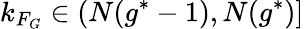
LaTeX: k_{F_{G}}\in(N(g^{*}-1),N(g^{*})]